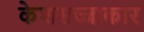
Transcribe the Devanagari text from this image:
केशसज्जाकार